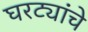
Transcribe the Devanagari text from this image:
घरट्यांचे